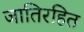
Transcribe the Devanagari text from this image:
जातिरहित